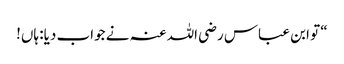
“ تو ابن عباس رضی اللہ عنہ نے جواب دیا: ہاں!